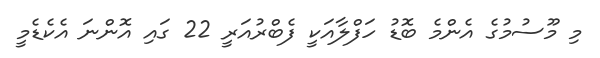
މި މޫސުމުގެ އެންމެ ބޮޑު ހަފްލާއަކީ ފެބްރުއަރީ 22 ގައި އޮންނަ އެކެޑެމީ